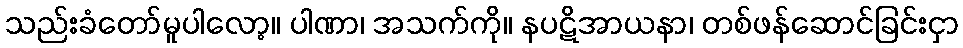
သည်းခံတော်မူပါလော့။ ပါဏာ၊ အသက်ကို။ နပဋိအာယနာ၊ တစ်ဖန်ဆောင်ခြင်းငှာ